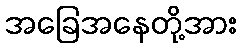
အခြေအနေတို့အား